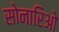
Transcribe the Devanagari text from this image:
सोनारिओ